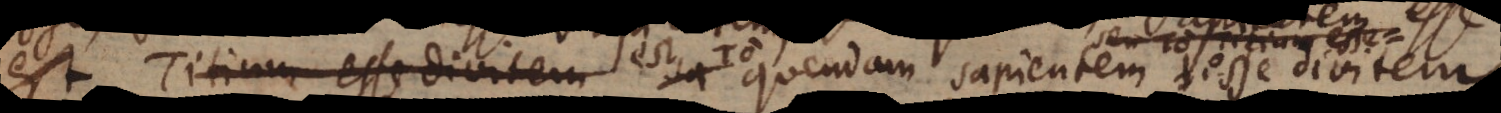
est Titium esse divitem Á quendam sapientem esse divitem